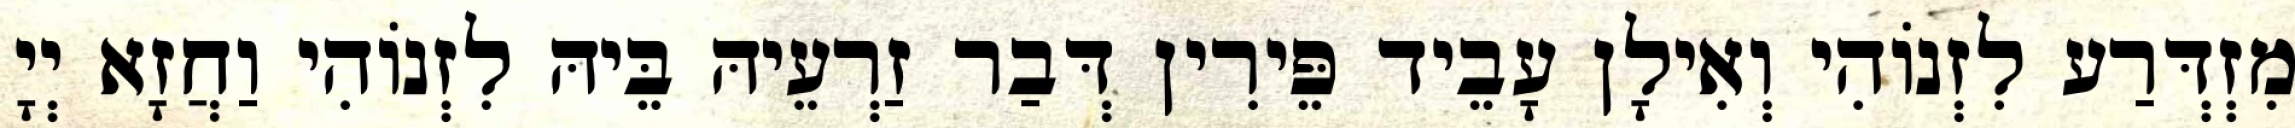
מִזְדְּרַע לִזְנוֹהִי וְאִילָן עָבֵיד פֵּירִין דְּבַר זַרְעֵיהּ בֵּיהּ לִזְנוֹהִי וַחֲזָא יְיָ